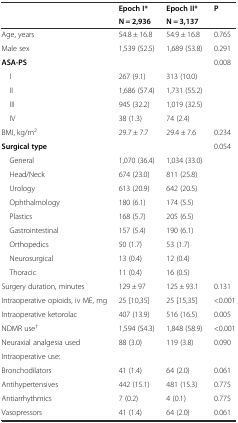
<table><thead><tr><td rowspan="2"></td><td><b>Epoch I*</b></td><td><b>Epoch II*</b></td><td><b>P</b></td></tr><tr><td><b>N = 2,936</b></td><td><b>N = 3,137</b></td><td></td></tr></thead><tbody><tr><td>Age, years</td><td>54.8 ± 16.8</td><td>54.9 ± 16.8</td><td>0.765</td></tr><tr><td>Male sex</td><td>1,539 (52.5)</td><td>1,689 (53.8)</td><td>0.291</td></tr><tr><td><b>ASA-PS</b></td><td></td><td></td><td>0.008</td></tr><tr><td> I</td><td>267 (9.1)</td><td>313 (10.0)</td><td></td></tr><tr><td> II</td><td>1,686 (57.4)</td><td>1,731 (55.2)</td><td></td></tr><tr><td> III</td><td>945 (32.2)</td><td>1,019 (32.5)</td><td></td></tr><tr><td> IV</td><td>38 (1.3)</td><td>74 (2.4)</td><td></td></tr><tr><td>BMI, kg/m<sup>2</sup></td><td>29.7 ± 7.7</td><td>29.4 ± 7.6</td><td>0.234</td></tr><tr><td><b>Surgical type</b></td><td></td><td></td><td>0.054</td></tr><tr><td> General</td><td>1,070 (36.4)</td><td>1,034 (33.0)</td><td></td></tr><tr><td> Head/Neck</td><td>674 (23.0)</td><td>811 (25.8)</td><td></td></tr><tr><td> Urology</td><td>613 (20.9)</td><td>642 (20.5)</td><td></td></tr><tr><td> Ophthalmology</td><td>180 (6.1)</td><td>174 (5.5)</td><td></td></tr><tr><td> Plastics</td><td>168 (5.7)</td><td>205 (6.5)</td><td></td></tr><tr><td> Gastrointestinal</td><td>157 (5.4)</td><td>190 (6.1)</td><td></td></tr><tr><td> Orthopedics</td><td>50 (1.7)</td><td>53 (1.7)</td><td></td></tr><tr><td> Neurosurgical</td><td>13 (0.4)</td><td>12 (0.4)</td><td></td></tr><tr><td> Thoracic</td><td>11 (0.4)</td><td>16 (0.5)</td><td></td></tr><tr><td>Surgery duration, minutes</td><td>129 ± 97</td><td>125 ± 93.1</td><td>0.131</td></tr><tr><td>Intraoperative opioids, iv ME, mg</td><td>25 [10,35]</td><td>25 [15,35]</td><td>&lt;0.001</td></tr><tr><td>Intraoperative ketorolac</td><td>407 (13.9)</td><td>516 (16.5)</td><td>0.005</td></tr><tr><td>NDMR use<sup>†</sup></td><td>1,594 (54.3)</td><td>1,848 (58.9)</td><td>&lt;0.001</td></tr><tr><td>Neuraxial analgesia used</td><td>88 (3.0)</td><td>119 (3.8)</td><td>0.090</td></tr><tr><td>Intraoperative use:</td><td></td><td></td><td></td></tr><tr><td>Bronchodilators</td><td>41 (1.4)</td><td>64 (2.0)</td><td>0.061</td></tr><tr><td>Antihypertensives</td><td>442 (15.1)</td><td>481 (15.3)</td><td>0.775</td></tr><tr><td>Antiarrhythmics</td><td>7 (0.2)</td><td>4 (0.1)</td><td>0.775</td></tr><tr><td>Vasopressors</td><td>41 (1.4)</td><td>64 (2.0)</td><td>0.061</td></tr></tbody></table>